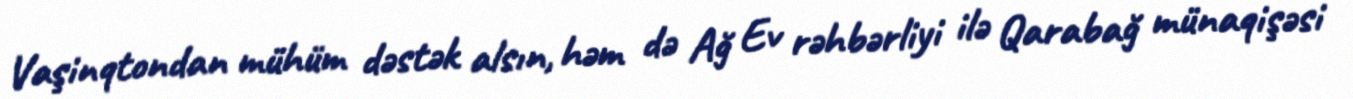
Vaşinqtondan mühüm dəstək alsın, həm də Ağ Ev rəhbərliyi ilə Qarabağ münaqişəsi